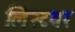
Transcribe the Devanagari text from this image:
लिस्टवर